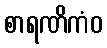
စာရဏိကံဝ